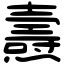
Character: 燾